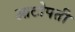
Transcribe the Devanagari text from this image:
आटोपती